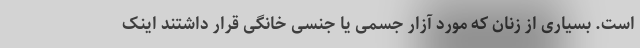
است. بسیاری از زنان که مورد آزار جسمی یا جنسی خانگی قرار داشتند اینک